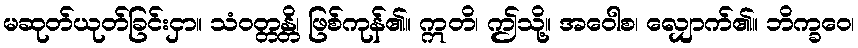
မဆုတ်ယုတ်ခြင်းငှာ။ သံဝတ္တန္တိ၊ ဖြစ်ကုန်၏။ ဣတိ၊ ဤသို့။ အဝေါစ၊ လျှောက်၏။ ဘိက္ခဝေ၊